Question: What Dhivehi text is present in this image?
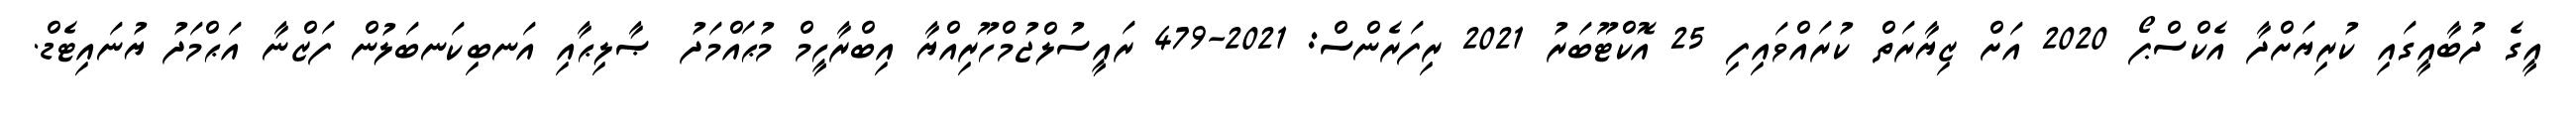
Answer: އީގެ ދުބާއީގައި ކުރިޔަށްދާ އެކްސްޕޯ 2020 އަށް ޒިޔާރަތް ކުރައްވައިފި 25 އޮކްޓޫބަރު 2021 ރިފަރެންސް: 2021-479 ރައީސުލްޖުމްހޫރިއްޔާ އިބްރާހީމް މުޙައްމަދު ޞާލިޙާއި އަނބިކަނބަލުން ފަޒްނާ އަޙްމަދު ޔުނައިޓެޑް.